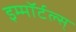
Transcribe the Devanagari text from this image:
इम्मॉर्टल्स्